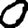
Digit: 0